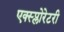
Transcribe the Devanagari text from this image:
एक्स्प्लोरेटरी